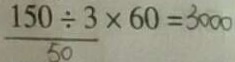
\frac { 1 5 0 \div 3 } { 5 0 } \times 6 0 = 3 0 0 0